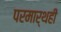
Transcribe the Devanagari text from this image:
परमार्थही